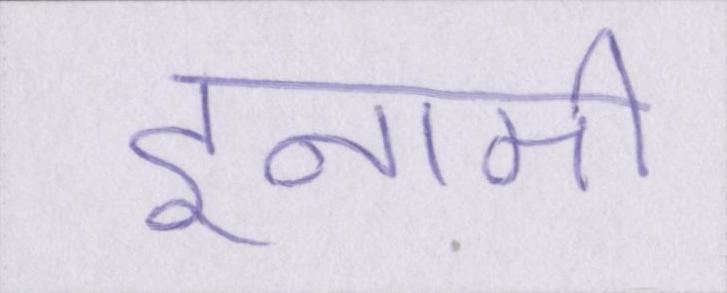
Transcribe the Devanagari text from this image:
इनामी